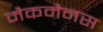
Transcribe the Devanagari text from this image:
मैकमैनस